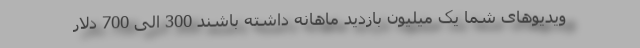
ویدیوهای شما یک میلیون بازدید ماهانه داشته باشند 300 الی 700 دلار